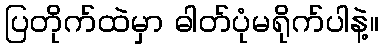
ပြတိုက်ထဲမှာ ဓါတ်ပုံမရိုက်ပါနဲ့။